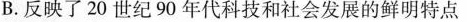
B.反映了20世纪90年代科技和社会发展的鲜明特点